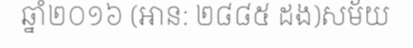
ឆ្នាំ២០១៦ (អាន: ២៨៨៥ ដង)សម័យ